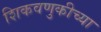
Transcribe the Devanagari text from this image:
शिकवणुकीच्‍या